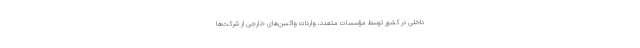
داخلی در کشور توسط مؤسسات متعدد، واردات واکسن‌های خارجی از شرکت‌ها